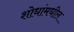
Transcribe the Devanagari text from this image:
शोधांमधील